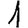
Digit: 1